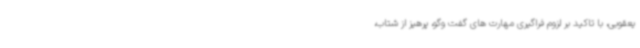
یعقوبی، با تاکید بر لزوم فراگیری مهارت های گفت وگو، پرهیز از شتاب،